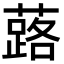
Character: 蕗